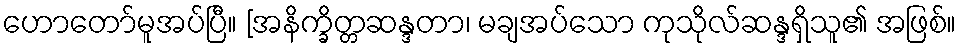
ဟောတော်မူအပ်ပြီ။ [အနိက္ခိတ္တဆန္ဒတာ၊ မချအပ်သော ကုသိုလ်ဆန္ဒရှိသူ၏ အဖြစ်။